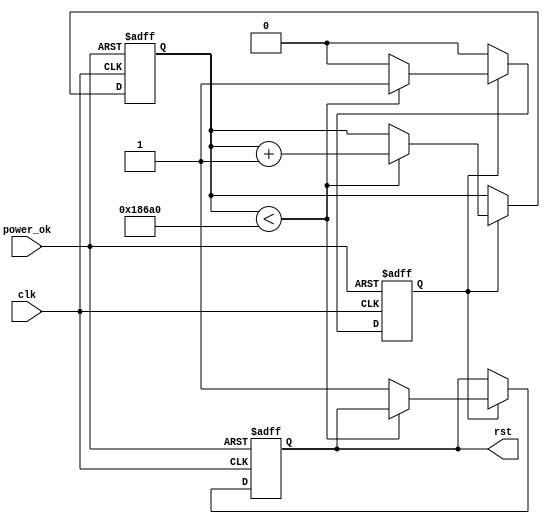
module PowerOnReset #(
    parameter RESET_DURATION = 100_000 // Duration of reset in clock cycles
)(
    input wire clk,          // Clock input
    input wire power_ok,     // Power OK signal
    output reg rst           // Active low reset signal
);

    reg [31:0] counter;      // Counter for reset duration
    reg reset_active;        // Indicates if reset is currently active

    // State machine for reset generation
    always @(posedge clk or negedge power_ok) begin
        if (!power_ok) begin
            // Power is lost, assert reset
            rst <= 1'b0; // Active low reset
            counter <= 0;
            reset_active <= 1'b1;
        end else if (reset_active) begin
            // Counting down the reset duration
            if (counter < RESET_DURATION) begin
                counter <= counter + 1;
            end else begin
                // Reset duration has elapsed, deassert reset
                rst <= 1'b1; // Deassert reset
                reset_active <= 1'b0;
            end
        end
    end

    // Initial conditions
    initial begin
        rst = 1'b1; // Deassert reset initially
        counter = 0;
        reset_active = 1'b0;
    end

endmodule